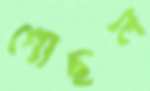
গোছল